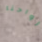
أرواحنا